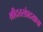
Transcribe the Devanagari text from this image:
श्रीदत्तसंप्रदयाचा